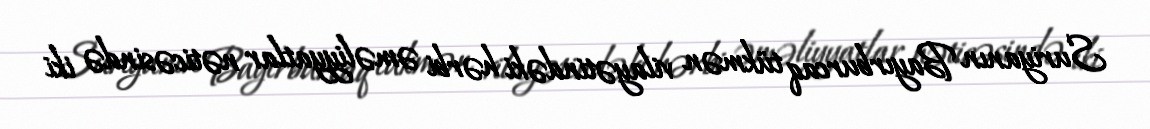
Suriyanın Bayırburcaq tükmən vilayətindəki hərbi əməliyyatlar nəticəsində iki